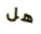
هل